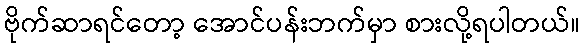
ဗိုက်ဆာရင်တော့ အောင်ပန်းဘက်မှာ စားလို့ရပါတယ်။